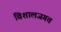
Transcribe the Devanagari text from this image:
विशालजगत